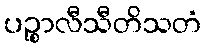
ပဉ္စာလီသီတိသတံ